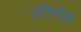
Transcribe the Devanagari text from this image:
प्रतिमोक्ष